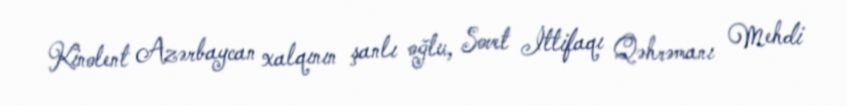
Kinolent Azərbaycan xalqının şanlı oğlu, Sovet İttifaqı Qəhrəmanı Mehdi